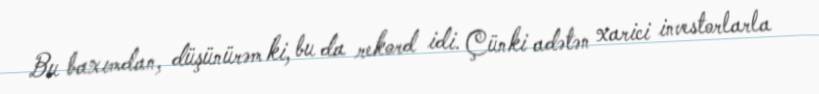
Bu baxımdan, düşünürəm ki, bu da rekord idi. Çünki adətən xarici investorlarla